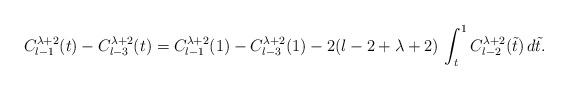
LaTeX: \begin{align*}C_{l-1}^{\lambda+2}&(t)-C_{l-3}^{\lambda+2}(t)=C_{l-1}^{\lambda+2}(1)-C_{l-3}^{\lambda+2}(1)-2(l-2+\lambda+2)\,\int_t^1C_{l-2}^{\lambda+2}(\tilde t)\,d\tilde t.\end{align*}